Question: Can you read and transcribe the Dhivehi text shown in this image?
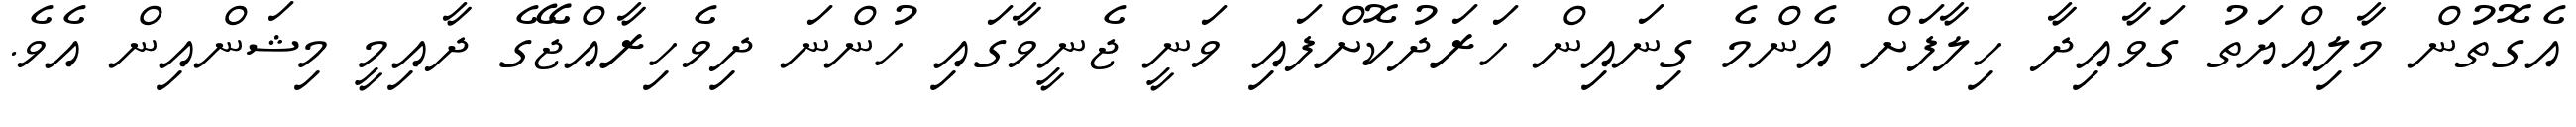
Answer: އެގޮތުން މާލިއްޔަތު ގަވާއިދާ ހިލާފަށް އެންމެ ގިނައިން ހަރަދުކޮށްފައި ވަނީ ޖެނީވާގައި ހުންނަ ދިވެހިރާއްޖޭގެ ދާއިމީ މިޝަންއިން އެވެ.